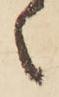
々